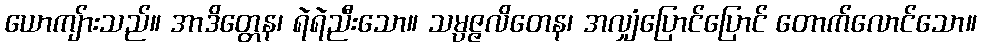
ယောကျ်ားသည်။ အာဒိတ္တေန၊ ရဲရဲညီးသော။ သမ္ပဇ္ဇလိတေန၊ အလျှံပြောင်ပြောင် တောက်လောင်သော။